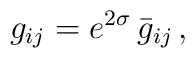
g_{ij} = e^{2\sigma} \, \bar{g}_{ij} \, ,